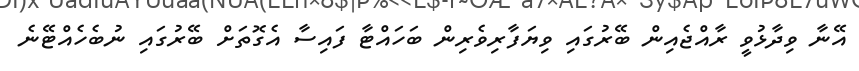
އޭނާ ވިދާޅުވީ ރާއްޖެއިން ބޭރުގައި ވިޔަފާރިވެރިން ބަހައްޓާ ފައިސާ އެގޮތަށް ބޭރުގައި ނުބެހެއްޓޭނެ